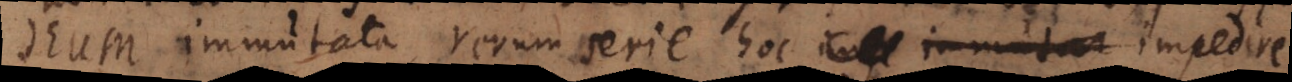
Deum immutata rerum serie hoc imp immutare impedire,